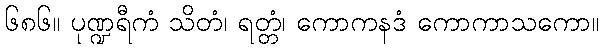
၆၈၆။ ပုဏ္ဍရီကံ သိတံ၊ ရတ္တံ၊ ကောကနဒံ ကောကာသကော။